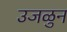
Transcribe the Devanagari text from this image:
उजळुन